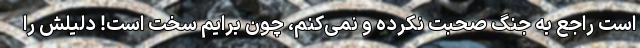
است راجع به جنگ صحبت نکرده و نمی‌کنم، چون برایم سخت است! دلیلش را